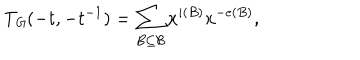
LaTeX: T _ { \mathit { G } } ( - t , - t ^ { - 1 } ) = \sum _ { B \subseteq \mathcal { B } } x ^ { i ( B ) } x ^ { - e ( B ) } ,